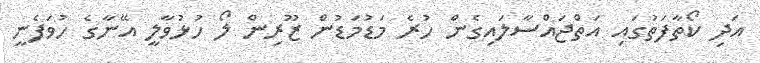
އަދި ކޯތާފަތުގައި އަތްޖައްސާލައިގެން ހުރެ މަޑުމަޑުން ޒޫރިން ލޯ ހުޅުވާލީ އޭނާގެ ހުވަފެނީ